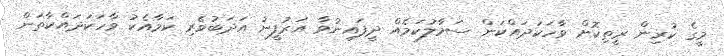
މީގެ ކުރިން ރީތިކޮށް ވާހަކަދައްކަން ސަމާލުކަމެއް ދީފައިނުވާ އަރުފީނު އަދަބުވެރި ކަމާއެކު ވާހަކަދައްކާތަން